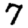
Digit: 7